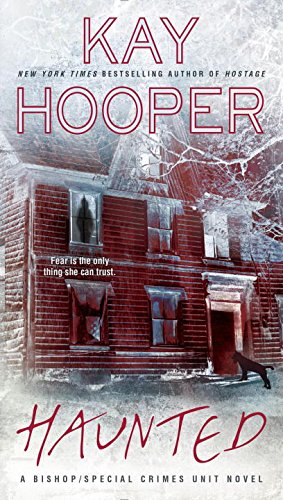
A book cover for Haunted: A Bishop/Special Crimes Unit Novel (A Bishop/SCU Novel); Kay Hooper; Mystery, Thriller & Suspense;